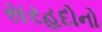
સરહદોનો